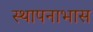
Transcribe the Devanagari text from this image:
स्थापनाभास